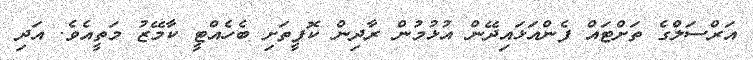
އަރްސަލްގެ ތަށްޓައް ފެންއަޅައިދޭން އުޅުމުން ރާދިން ކޮފީތަށި ބެހެއްޓީ ކާމޭޒު މަތީއެވެ. އަދި